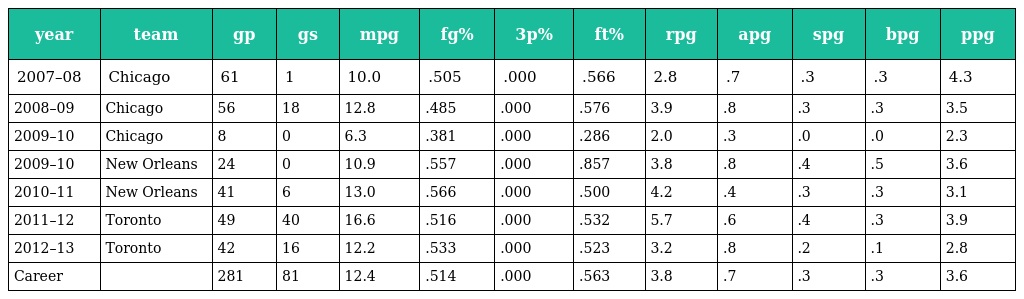
| year | team | gp | gs | mpg | fg% | 3p% | ft% | rpg | apg | spg | bpg | ppg |
 | --- | --- | --- | --- | --- | --- | --- | --- | --- | --- | --- | --- | --- |
 | 2007–08 | Chicago | 61 | 1 | 10.0 | .505 | .000 | .566 | 2.8 | .7 | .3 | .3 | 4.3 |
 | 2008–09 | Chicago | 56 | 18 | 12.8 | .485 | .000 | .576 | 3.9 | .8 | .3 | .3 | 3.5 |
 | 2009–10 | Chicago | 8 | 0 | 6.3 | .381 | .000 | .286 | 2.0 | .3 | .0 | .0 | 2.3 |
 | 2009–10 | New Orleans | 24 | 0 | 10.9 | .557 | .000 | .857 | 3.8 | .8 | .4 | .5 | 3.6 |
 | 2010–11 | New Orleans | 41 | 6 | 13.0 | .566 | .000 | .500 | 4.2 | .4 | .3 | .3 | 3.1 |
 | 2011–12 | Toronto | 49 | 40 | 16.6 | .516 | .000 | .532 | 5.7 | .6 | .4 | .3 | 3.9 |
 | 2012–13 | Toronto | 42 | 16 | 12.2 | .533 | .000 | .523 | 3.2 | .8 | .2 | .1 | 2.8 |
 | Career |  | 281 | 81 | 12.4 | .514 | .000 | .563 | 3.8 | .7 | .3 | .3 | 3.6 |